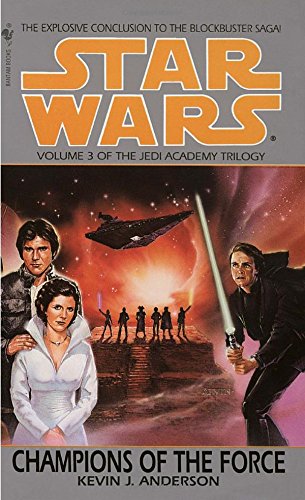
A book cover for Champions of the Force (Star Wars: The Jedi Academy Trilogy, Vol. 3); Kevin J. Anderson; Science Fiction & Fantasy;